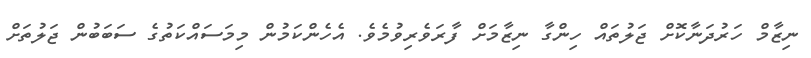
ނިޒާމް ހަރުދަނާކޮށް ޖަލުތައް ހިންގާ ނިޒާމަށް ފާރަވެރިވުމެވެ. އެހެންކަމުން މިމަސައްކަތުގެ ސަބަބުން ޖަލުތަށް